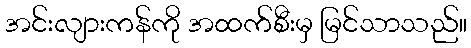
အင်းလျားကန်ကို အထက်စီးမှ မြင်သာသည်။